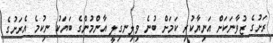
ރަށުގެ ޒުވާނަކަށް އަނިޔާކުރި ކަމަށް ބުނެ ވިލިނގިލީ އާންމުންގެ ބަޔަކު ނިކުމެ އެރަށުގެ